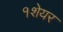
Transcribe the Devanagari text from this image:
१शेयर